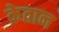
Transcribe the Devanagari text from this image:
क्रेतान